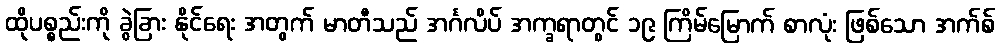
ထိုပစ္စည်းကို ခွဲခြား နိုင်ရေး အတွက် မာတီသည် အင်္ဂလိပ် အက္ခရာတွင် ၁၉ ကြိမ်မြောက် စာလုံး ဖြစ်သော အက်စ်